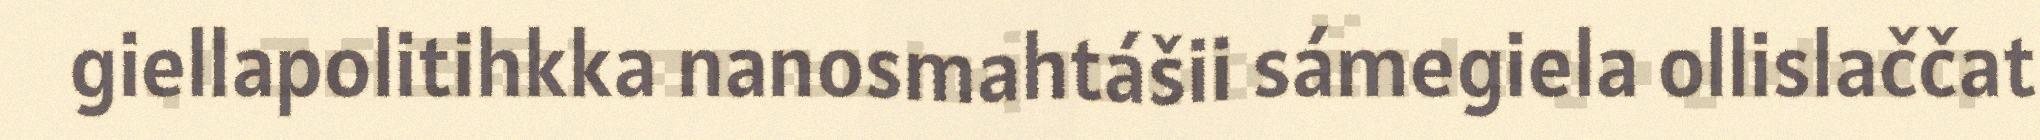
giellapolitihkka nanosmahtášii sámegiela ollislaččat